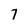
Character: 7